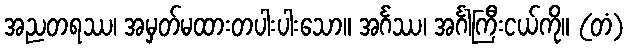
အညတရဿ၊ အမှတ်မထားတပါးပါးသော။ အင်္ဂဿ၊ အင်္ဂါကြီးငယ်ကို။ (တံ)